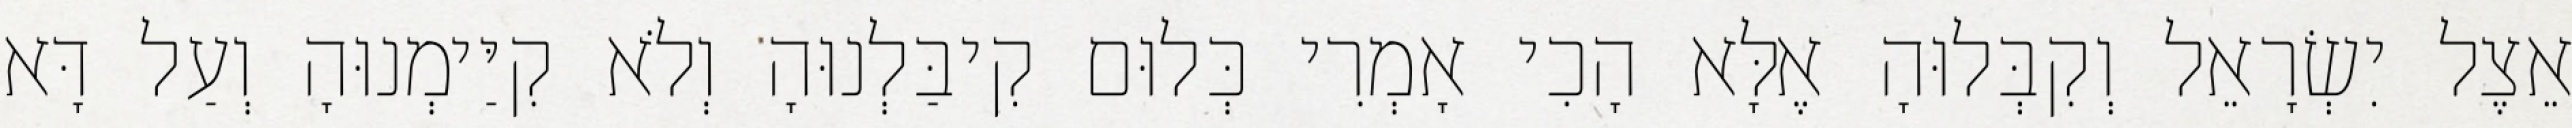
אֵצֶל יִשְׂרָאֵל וְקִבְּלוּהָ אֶלָּא הָכִי אָמְרִי כְּלוּם קִיבַּלְנוּהָ וְלֹא קִיַּימְנוּהָ וְעַל דָּא